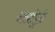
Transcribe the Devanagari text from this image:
दलांपुढे